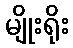
မျိုးရိုး